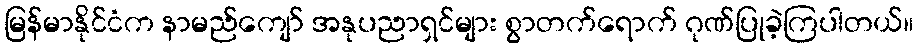
မြန်မာနိုင်ငံက နာမည်ကျော် အနုပညာရှင်များ စွာတက်ရောက် ဂုဏ်ပြုခဲ့ကြပါတယ်။